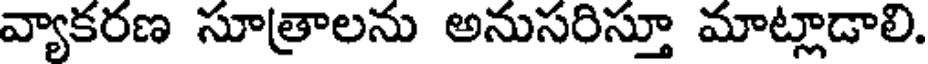
వ్యాకరణ సూత్రాలను అనుసరిస్తూ మాట్లాడాలి.